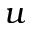
u